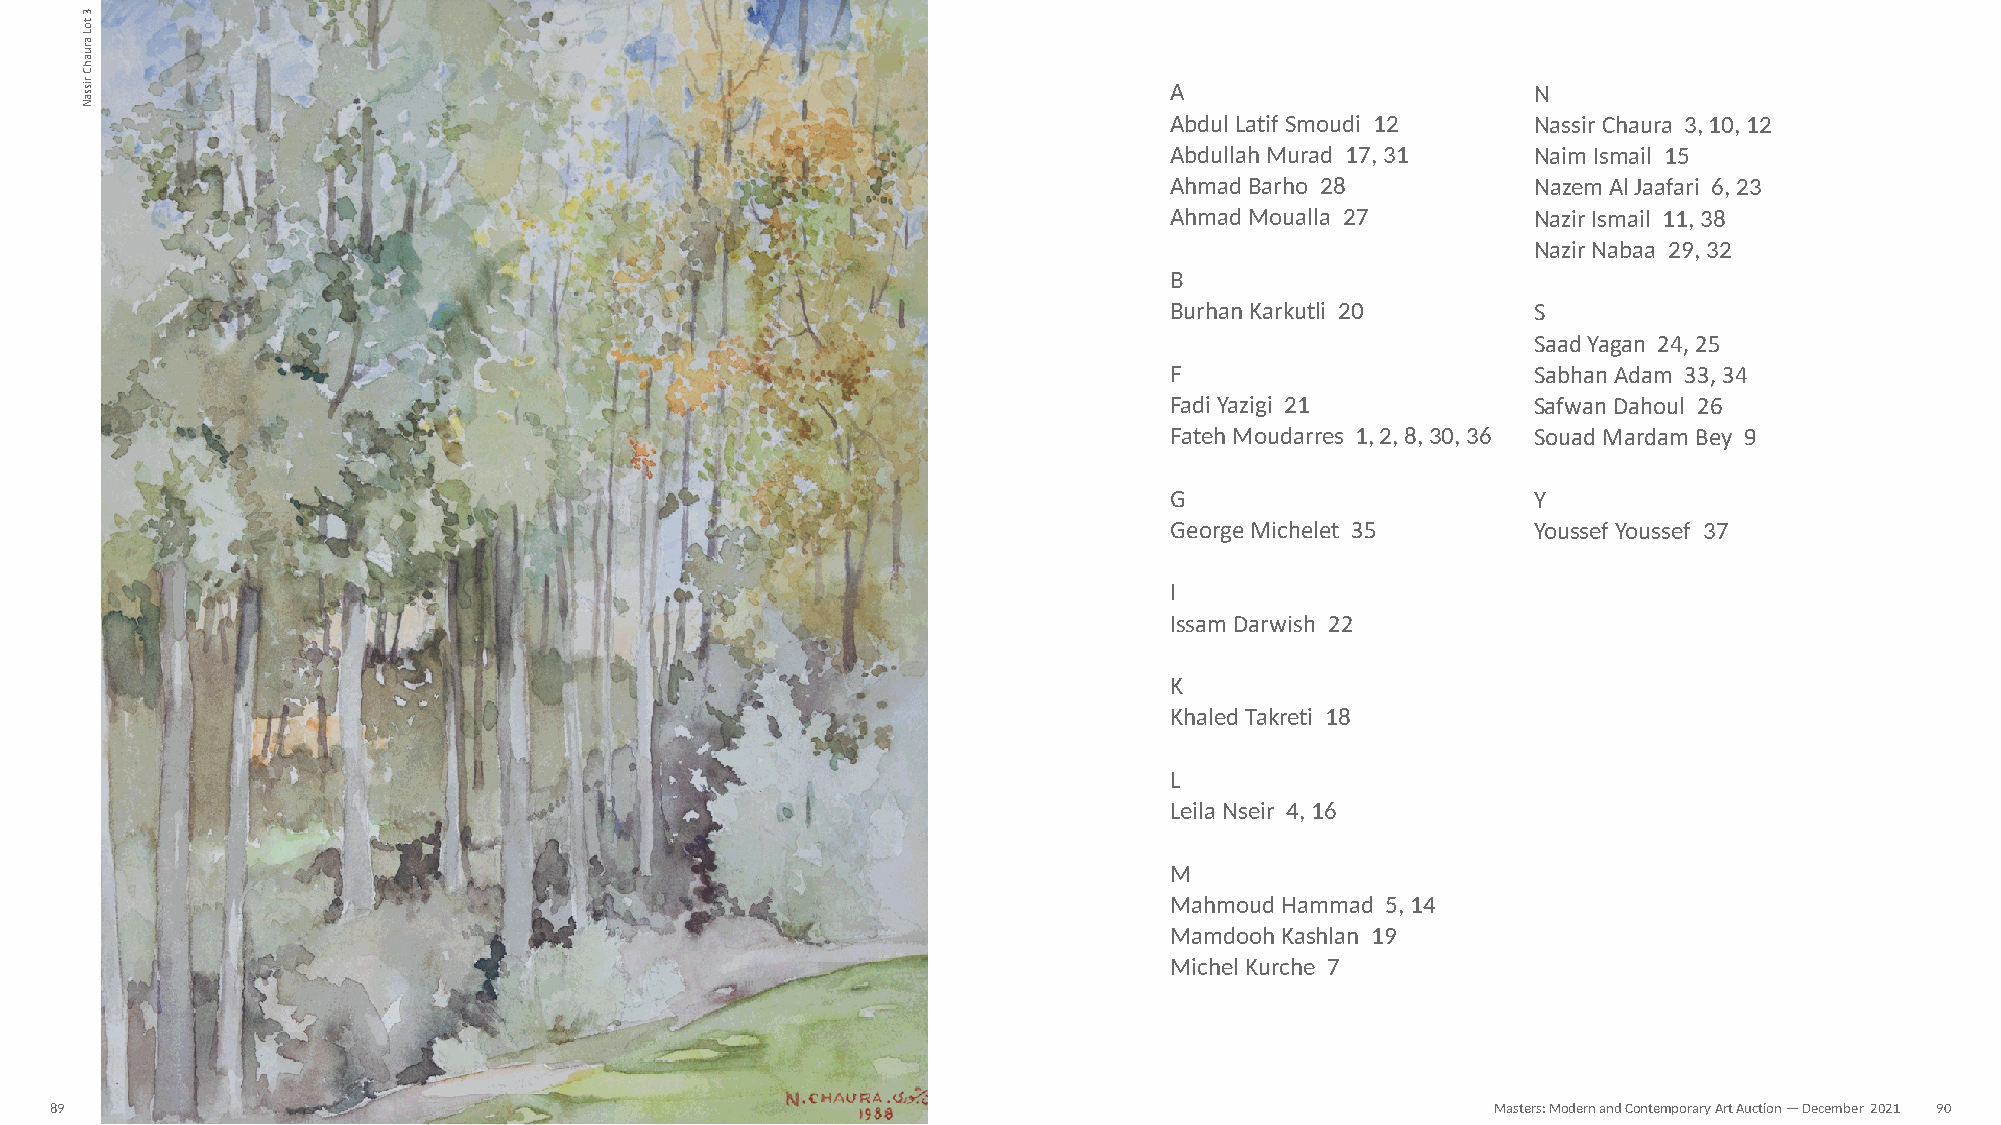
INDEX                                                                  A                        N
 Abdul Latif Smoudi 12    Nassir Chaura 3, 10, 12
 Abdullah Murad 17, 31    Naim Ismail 15
 Ahmad Barho 28           Nazem Al Jaafari 6, 23
 Ahmad Moualla 27         Nazir Ismail 11, 38
 Nazir Nabaa 29, 32
 B
 Burhan Karkutli 20       S
 Saad Yagan 24, 25
 F                        Sabhan Adam 33, 34
 Fadi Yazigi 21           Safwan Dahoul 26
 Fateh Moudarres 1, 2, 8, 30, 36 Souad Mardam Bey 9
 G                        Y
 George Michelet 35       Youssef Youssef 37
 I
 Issam Darwish 22
 K
 Khaled Takreti 18
 L
 Leila Nseir 4, 16
 M
 Mahmoud Hammad 5, 14
 Mamdooh Kashlan 19
 Michel Kurche 7
 89                                                                                              Masters: Modern and Contemporary Art Auction — December 2021 90
 3
 toL
 aruahC
 rissaN